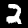
Label: 2